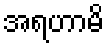
အရဟာမိ